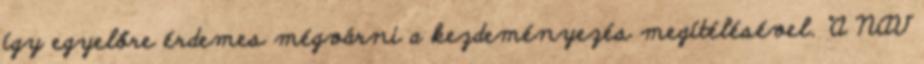
így egyelőre érdemes mégvárni a kezdeményezés megítélésével. "A NAV